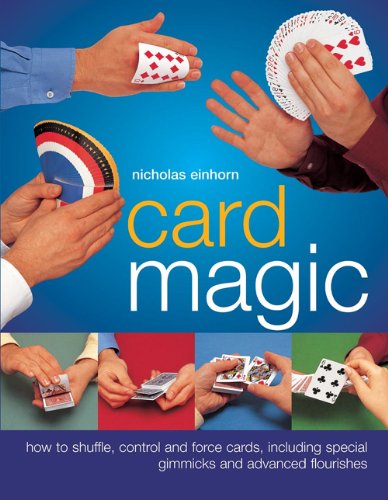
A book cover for Card Magic; Nicholas Einhorn; Humor & Entertainment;